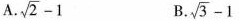
A. $$\sqrt { 2 } - 1$$ B. $$\sqrt { 3 } - 1$$